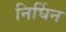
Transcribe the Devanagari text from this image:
निर्घिन